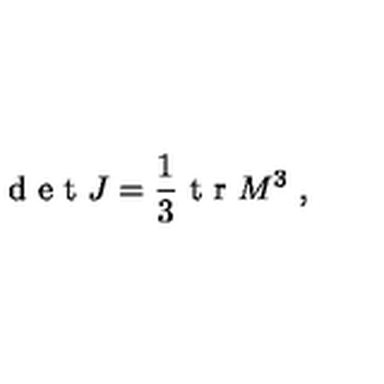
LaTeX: \textrm { d e t } J = \frac { 1 } { 3 } \textrm { t r } M ^ { 3 } \ ,